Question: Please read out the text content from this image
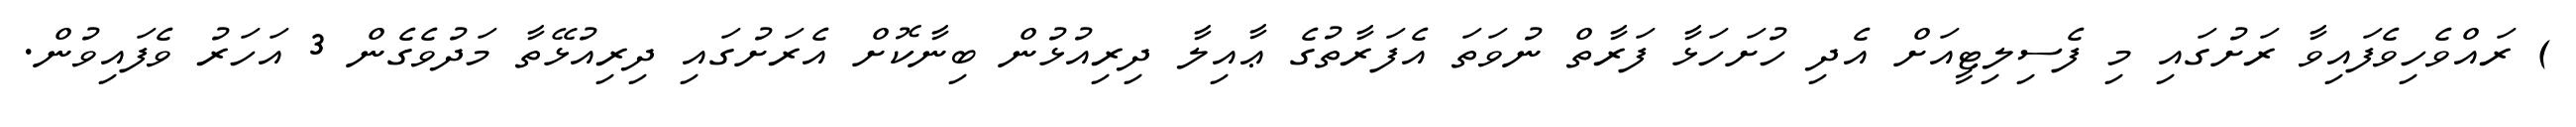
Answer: ) ރައްވެހިވެފައިވާ ރަށުގައި މި ފެސިލިޓީއަށް އެދި ހުށަހަޅާ ފަރާތް ނުވަތަ އެފަރާތުގެ ޢާއިލާ ދިރިއުޅުން ބިނާކޮށް އެރަށުގައި ދިރިއުޅޭތާ މަދުވެގެން 3 އަހަރު ވެފައިވުން.